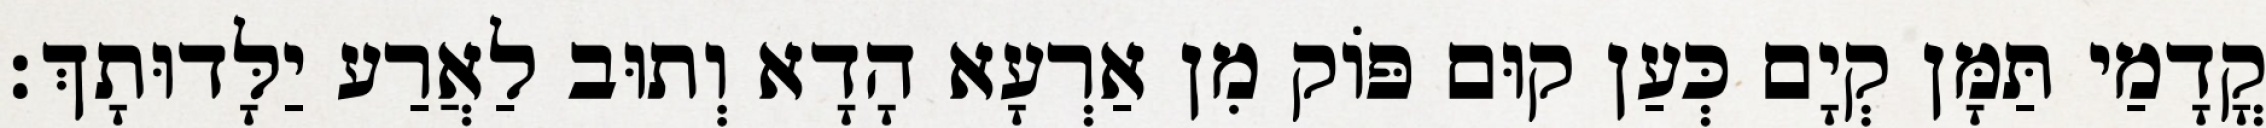
קֳדָמַי תַּמָּן קְיָם כְּעַן קוּם פּוֹק מִן אַרְעָא הָדָא וְתוּב לַאֲרַע יַלָּדוּתָךְ׃